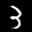
Label: 3